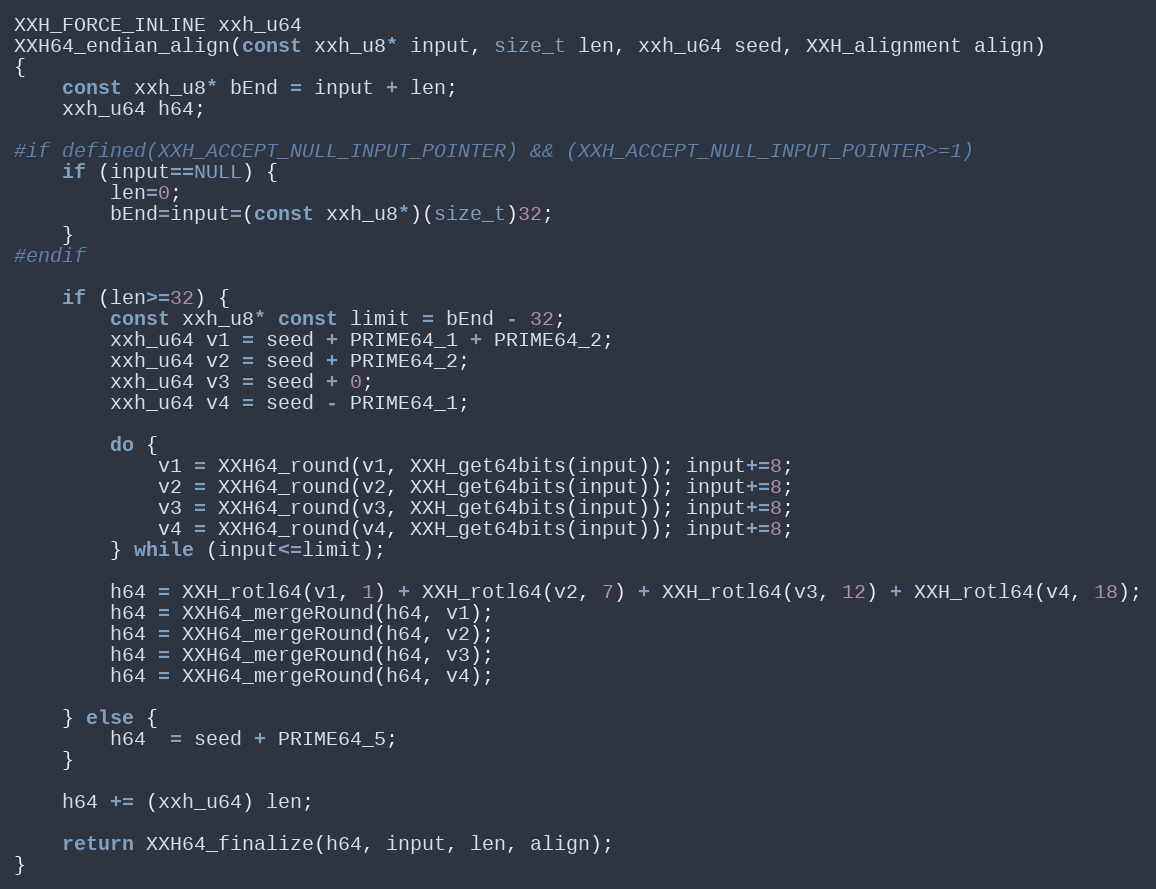
Language: C++
XXH_FORCE_INLINE xxh_u64
XXH64_endian_align(const xxh_u8* input, size_t len, xxh_u64 seed, XXH_alignment align)
{
    const xxh_u8* bEnd = input + len;
    xxh_u64 h64;

#if defined(XXH_ACCEPT_NULL_INPUT_POINTER) && (XXH_ACCEPT_NULL_INPUT_POINTER>=1)
    if (input==NULL) {
        len=0;
        bEnd=input=(const xxh_u8*)(size_t)32;
    }
#endif

    if (len>=32) {
        const xxh_u8* const limit = bEnd - 32;
        xxh_u64 v1 = seed + PRIME64_1 + PRIME64_2;
        xxh_u64 v2 = seed + PRIME64_2;
        xxh_u64 v3 = seed + 0;
        xxh_u64 v4 = seed - PRIME64_1;

        do {
            v1 = XXH64_round(v1, XXH_get64bits(input)); input+=8;
            v2 = XXH64_round(v2, XXH_get64bits(input)); input+=8;
            v3 = XXH64_round(v3, XXH_get64bits(input)); input+=8;
            v4 = XXH64_round(v4, XXH_get64bits(input)); input+=8;
        } while (input<=limit);

        h64 = XXH_rotl64(v1, 1) + XXH_rotl64(v2, 7) + XXH_rotl64(v3, 12) + XXH_rotl64(v4, 18);
        h64 = XXH64_mergeRound(h64, v1);
        h64 = XXH64_mergeRound(h64, v2);
        h64 = XXH64_mergeRound(h64, v3);
        h64 = XXH64_mergeRound(h64, v4);

    } else {
        h64  = seed + PRIME64_5;
    }

    h64 += (xxh_u64) len;

    return XXH64_finalize(h64, input, len, align);
}